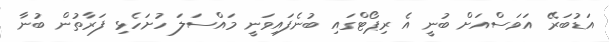
އަޑުބަރޭ އަވަސްއަށް ބުނީ އެ ރިޕޯޓްގައި ބުނެފައިވަނީ މައްސަލަ ހުށަހެޅި ފަރާތުން ބުނާ